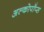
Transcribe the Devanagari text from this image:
अल्कोपॉप्स